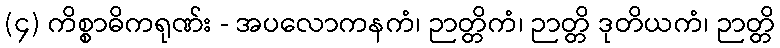
(၄) ကိစ္စာဓိကရုဏ်း - အပလောကနကံ၊ ဉာတ္တိကံ၊ ဉာတ္တိ ဒုတိယကံ၊ ဉာတ္တိ